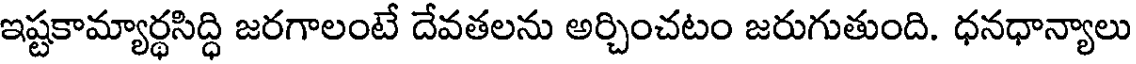
ఇష్టకామ్యార్థసిద్ధి జరగాలంటే దేవతలను అర్చించటం జరుగుతుంది. ధనధాన్యాలు